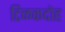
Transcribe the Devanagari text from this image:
टिळकदोह